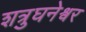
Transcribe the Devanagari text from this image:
शत्रुघनेश्वर